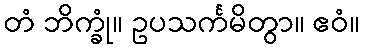
တံ ဘိက္ခုံ။ ဥပသင်္ကမိတွာ။ ဧဝံ။